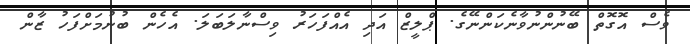
ވެސް އޮގޮތް ބޭނުންނުވާނެކަންނޭގެ. ޕްލީޒް އަދި އެއްފަހަރު ވިސްނާލަބަލަ. އެހެން ބުނުމަށްފަހު ޒާން